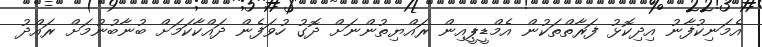
އެމަނިކުފާނު އިދިކޮޅު ފަރާތްތަކުން އެމްޑީޕީއިން ރައްޔިތުންނަށް ދޮގު ހުވަފެން ދައްކާކަމަށް ބުނާބުނުމަށް ރައްދު